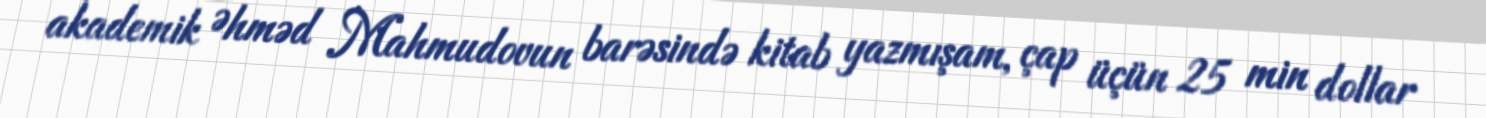
akademik Əhməd Mahmudovun barəsində kitab yazmışam, çap üçün 25 min dollar